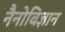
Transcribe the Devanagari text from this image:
नैनोविज्ञान